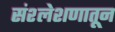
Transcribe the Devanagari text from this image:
संश्लेशणातून